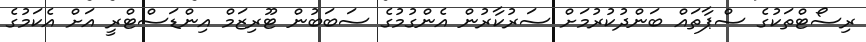
ރިސޯޓްތަކުގެ ސްޕާތައް ބަންދުކުރުމަށް ސަރުކާރުން އެންގުމުގެ ސަބަބުން ޓޫރިޒަމް އިންޑަސްޓްރީ އަށް އެކަމުގެ